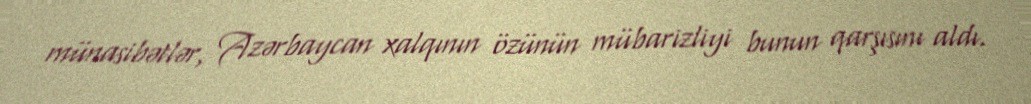
münasibətlər, Azərbaycan xalqının özünün mübarizliyi bunun qarşısını aldı.